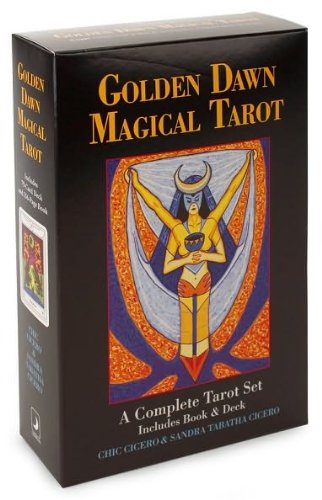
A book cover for Golden Dawn Magical Tarot; Chic Cicero; Religion & Spirituality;